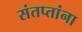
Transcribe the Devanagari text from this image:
संतप्तांना